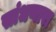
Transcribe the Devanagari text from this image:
सांधणारा